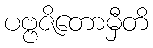
ပဗ္ဗဇိတောမှီတိ